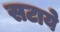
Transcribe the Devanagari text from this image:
सटाये